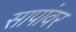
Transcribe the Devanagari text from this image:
सापांवर